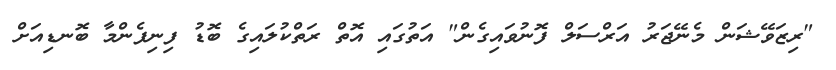
"ރިޒަވޭޝަން މެނޭޖަރު އަރްސަލް ފޮނުވައިގެން" އަތުގައި އޮތް ރަތްކުލައިގެ ބޮޑު ފިނިފެންމާ ބޮނޑިއަށް